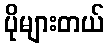
ပိုများတယ်